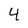
Character: 4